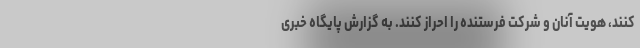
کنند، هویت آنان و شرکت فرستنده را احراز کنند. به گزارش پایگاه خبری